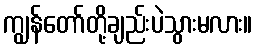
ကျွန်တော်တို့ချည်းပဲသွားမလား။